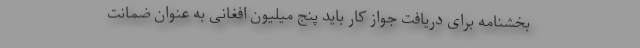
بخشنامه برای دریافت جواز کار باید پنج میلیون افغانی به عنوان ضمانت